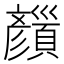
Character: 𩕝